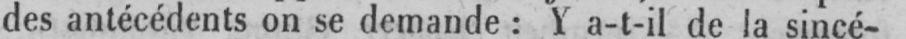
des antécédents on se demande: Y a-t-il de la sincé-